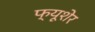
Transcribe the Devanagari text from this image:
फ्यूशेर